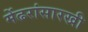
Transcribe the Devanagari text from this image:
मेंढरांसारखी